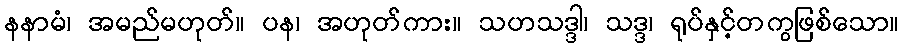
နနာမံ၊ အမည်မဟုတ်။ ပန၊ အဟုတ်ကား။ သဟသဒ္ဒါ၊ သဒ္ဒ၊ ရုပ်နှင့်တကွဖြစ်သော။